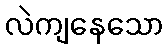
လဲကျနေသော